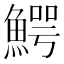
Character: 鰐